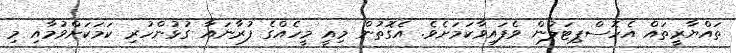
ތައްޔާރީތައް އެހޮސްޕިޓަލުން ވެފައިވާކަމަށެވެ. އެގޮތުން މިއީ މީހެއްގެ ފުރާނައާ ގުޅުންހުރި ކަމަކަށްވުމާއި މި